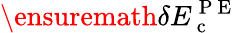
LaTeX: \ensuremath{\delta E_{\mathrm{~c~}}^{\mathrm{~P~E~}}}